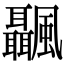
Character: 𩙝